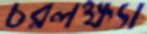
চরলক্ষ্যা